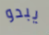
يبدو